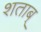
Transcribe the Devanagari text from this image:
शताब्